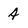
Character: 4